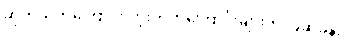
ဆုတ်ယုတ်ကြောင်း တိုးတက်ကြောင်းများကို ပြဆိုခန်း။